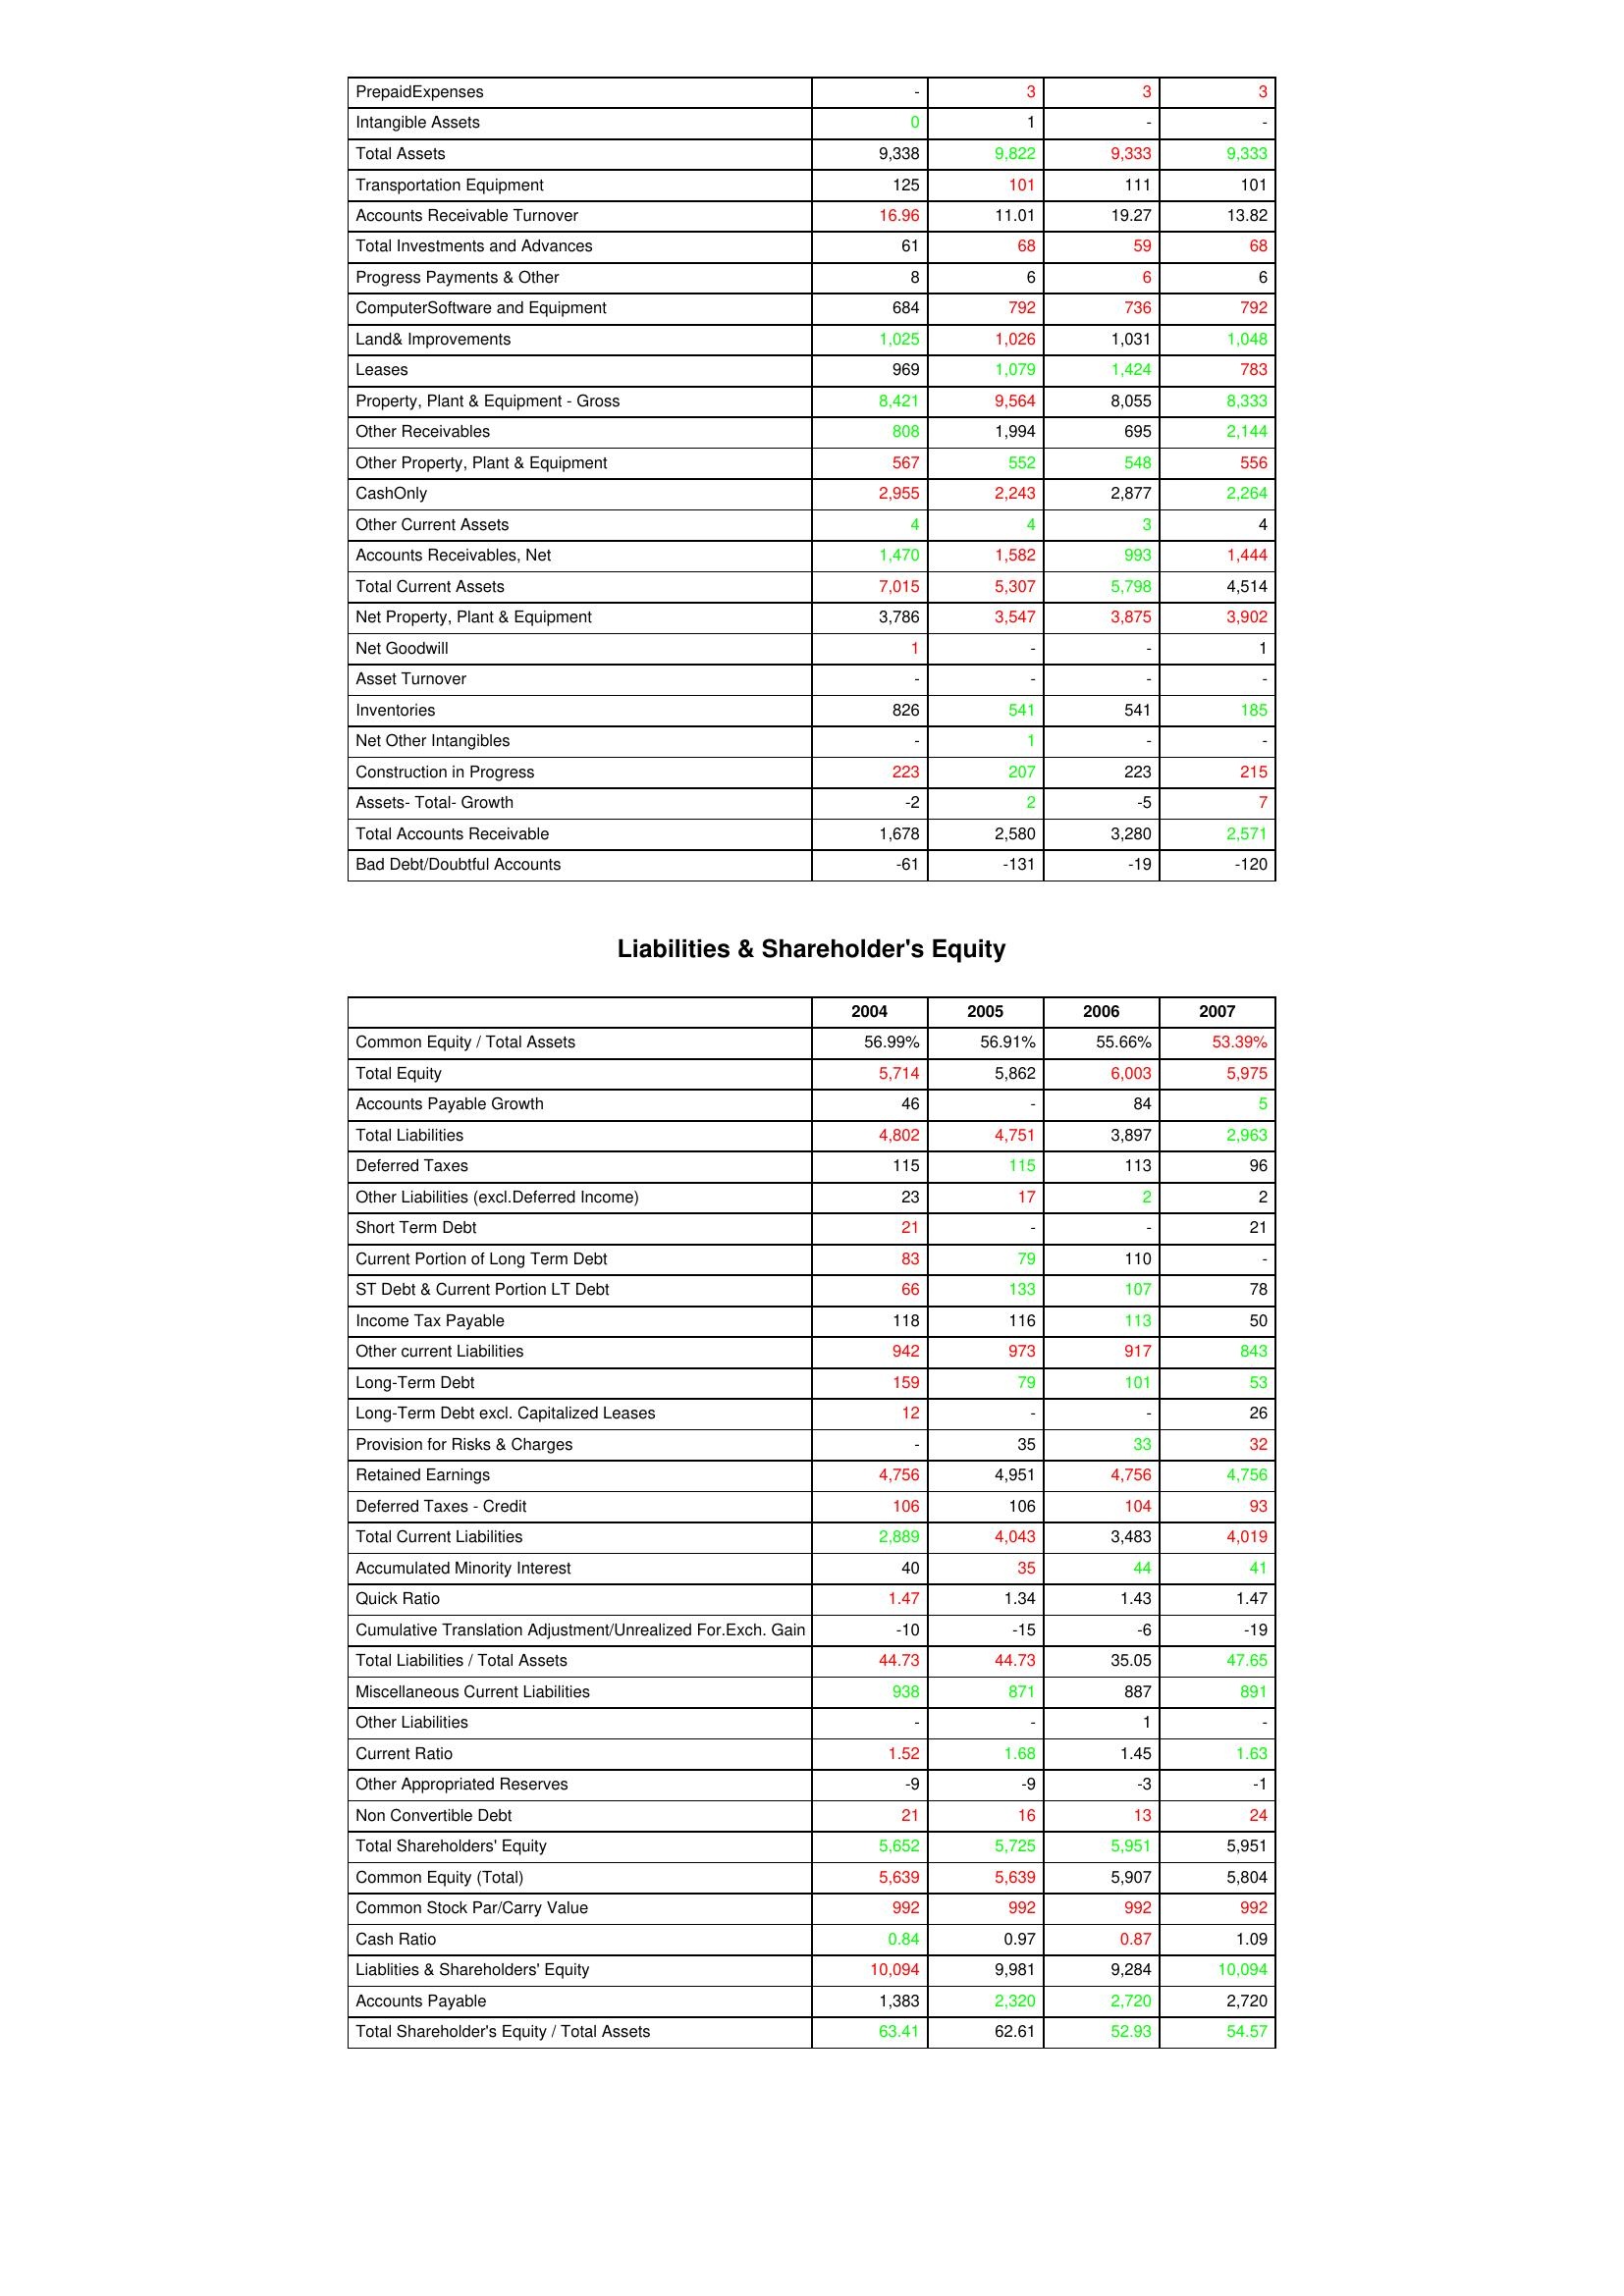
gt_parse: 2004: Assets: PrepaidExpenses: -
Intangible Assets: 0
Total Assets: 9,338
Transportation Equipment: 125
Accounts Receivable Turnover: 16.96
Total Investments and Advances: 61
Progress Payments & Other: 8
ComputerSoftware and Equipment: 684
Land& Improvements: 1,025
Leases: 969
Property, Plant & Equipment - Gross : 8,421
Other Receivables: 808
Other Property, Plant & Equipment: 567
CashOnly: 2,955
Other Current Assets: 4
Accounts Receivables, Net: 1,470
Total Current Assets: 7,015
Net Property, Plant & Equipment: 3,786
Net Goodwill: 1
Asset Turnover: -
Inventories: 826
Net Other Intangibles: -
Construction in Progress: 223
Assets- Total- Growth: -2
Total Accounts Receivable: 1,678
Bad Debt/Doubtful Accounts: -61
Liabilities & Shareholder's Equity: Common Equity / Total Assets: 56.99%
Total Equity: 5,714
Accounts Payable Growth: 46
Total Liabilities: 4,802
Deferred Taxes: 115
Other Liabilities (excl.Deferred Income): 23
Short Term Debt: 21
Current Portion of Long Term Debt: 83
ST Debt & Current Portion LT Debt: 66
Income Tax Payable: 118
Other current Liabilities: 942
Long-Term Debt: 159
Long-Term Debt excl. Capitalized Leases: 12
Provision for Risks & Charges: -
Retained Earnings: 4,756
Deferred Taxes - Credit: 106
Total Current Liabilities: 2,889
Accumulated Minority Interest: 40
Quick Ratio: 1.47
Cumulative Translation Adjustment/Unrealized For.Exch. Gain: -10
Total Liabilities / Total Assets: 44.73
Miscellaneous Current Liabilities: 938
Other Liabilities: -
Current Ratio: 1.52
Other Appropriated Reserves: -9
Non Convertible Debt: 21
Total Shareholders' Equity: 5,652
Common Equity (Total): 5,639
Common Stock Par/Carry Value: 992
Cash Ratio: 0.84
Liablities & Shareholders' Equity: 10,094
Accounts Payable: 1,383
Total Shareholder's Equity / Total Assets: 63.41
2005: Assets: PrepaidExpenses: 3
Intangible Assets: 1
Total Assets: 9,822
Transportation Equipment: 101
Accounts Receivable Turnover: 11.01
Total Investments and Advances: 68
Progress Payments & Other: 6
ComputerSoftware and Equipment: 792
Land& Improvements: 1,026
Leases: 1,079
Property, Plant & Equipment - Gross : 9,564
Other Receivables: 1,994
Other Property, Plant & Equipment: 552
CashOnly: 2,243
Other Current Assets: 4
Accounts Receivables, Net: 1,582
Total Current Assets: 5,307
Net Property, Plant & Equipment: 3,547
Net Goodwill: -
Asset Turnover: -
Inventories: 541
Net Other Intangibles: 1
Construction in Progress: 207
Assets- Total- Growth: 2
Total Accounts Receivable: 2,580
Bad Debt/Doubtful Accounts: -131
Liabilities & Shareholder's Equity: Common Equity / Total Assets: 56.91%
Total Equity: 5,862
Accounts Payable Growth: -
Total Liabilities: 4,751
Deferred Taxes: 115
Other Liabilities (excl.Deferred Income): 17
Short Term Debt: -
Current Portion of Long Term Debt: 79
ST Debt & Current Portion LT Debt: 133
Income Tax Payable: 116
Other current Liabilities: 973
Long-Term Debt: 79
Long-Term Debt excl. Capitalized Leases: -
Provision for Risks & Charges: 35
Retained Earnings: 4,951
Deferred Taxes - Credit: 106
Total Current Liabilities: 4,043
Accumulated Minority Interest: 35
Quick Ratio: 1.34
Cumulative Translation Adjustment/Unrealized For.Exch. Gain: -15
Total Liabilities / Total Assets: 44.73
Miscellaneous Current Liabilities: 871
Other Liabilities: -
Current Ratio: 1.68
Other Appropriated Reserves: -9
Non Convertible Debt: 16
Total Shareholders' Equity: 5,725
Common Equity (Total): 5,639
Common Stock Par/Carry Value: 992
Cash Ratio: 0.97
Liablities & Shareholders' Equity: 9,981
Accounts Payable: 2,320
Total Shareholder's Equity / Total Assets: 62.61
2006: Assets: PrepaidExpenses: 3
Intangible Assets: -
Total Assets: 9,333
Transportation Equipment: 111
Accounts Receivable Turnover: 19.27
Total Investments and Advances: 59
Progress Payments & Other: 6
ComputerSoftware and Equipment: 736
Land& Improvements: 1,031
Leases: 1,424
Property, Plant & Equipment - Gross : 8,055
Other Receivables: 695
Other Property, Plant & Equipment: 548
CashOnly: 2,877
Other Current Assets: 3
Accounts Receivables, Net: 993
Total Current Assets: 5,798
Net Property, Plant & Equipment: 3,875
Net Goodwill: -
Asset Turnover: -
Inventories: 541
Net Other Intangibles: -
Construction in Progress: 223
Assets- Total- Growth: -5
Total Accounts Receivable: 3,280
Bad Debt/Doubtful Accounts: -19
Liabilities & Shareholder's Equity: Common Equity / Total Assets: 55.66%
Total Equity: 6,003
Accounts Payable Growth: 84
Total Liabilities: 3,897
Deferred Taxes: 113
Other Liabilities (excl.Deferred Income): 2
Short Term Debt: -
Current Portion of Long Term Debt: 110
ST Debt & Current Portion LT Debt: 107
Income Tax Payable: 113
Other current Liabilities: 917
Long-Term Debt: 101
Long-Term Debt excl. Capitalized Leases: -
Provision for Risks & Charges: 33
Retained Earnings: 4,756
Deferred Taxes - Credit: 104
Total Current Liabilities: 3,483
Accumulated Minority Interest: 44
Quick Ratio: 1.43
Cumulative Translation Adjustment/Unrealized For.Exch. Gain: -6
Total Liabilities / Total Assets: 35.05
Miscellaneous Current Liabilities: 887
Other Liabilities: 1
Current Ratio: 1.45
Other Appropriated Reserves: -3
Non Convertible Debt: 13
Total Shareholders' Equity: 5,951
Common Equity (Total): 5,907
Common Stock Par/Carry Value: 992
Cash Ratio: 0.87
Liablities & Shareholders' Equity: 9,284
Accounts Payable: 2,720
Total Shareholder's Equity / Total Assets: 52.93
2007: Assets: PrepaidExpenses: 3
Intangible Assets: -
Total Assets: 9,333
Transportation Equipment: 101
Accounts Receivable Turnover: 13.82
Total Investments and Advances: 68
Progress Payments & Other: 6
ComputerSoftware and Equipment: 792
Land& Improvements: 1,048
Leases: 783
Property, Plant & Equipment - Gross : 8,333
Other Receivables: 2,144
Other Property, Plant & Equipment: 556
CashOnly: 2,264
Other Current Assets: 4
Accounts Receivables, Net: 1,444
Total Current Assets: 4,514
Net Property, Plant & Equipment: 3,902
Net Goodwill: 1
Asset Turnover: -
Inventories: 185
Net Other Intangibles: -
Construction in Progress: 215
Assets- Total- Growth: 7
Total Accounts Receivable: 2,571
Bad Debt/Doubtful Accounts: -120
Liabilities & Shareholder's Equity: Common Equity / Total Assets: 53.39%
Total Equity: 5,975
Accounts Payable Growth: 5
Total Liabilities: 2,963
Deferred Taxes: 96
Other Liabilities (excl.Deferred Income): 2
Short Term Debt: 21
Current Portion of Long Term Debt: -
ST Debt & Current Portion LT Debt: 78
Income Tax Payable: 50
Other current Liabilities: 843
Long-Term Debt: 53
Long-Term Debt excl. Capitalized Leases: 26
Provision for Risks & Charges: 32
Retained Earnings: 4,756
Deferred Taxes - Credit: 93
Total Current Liabilities: 4,019
Accumulated Minority Interest: 41
Quick Ratio: 1.47
Cumulative Translation Adjustment/Unrealized For.Exch. Gain: -19
Total Liabilities / Total Assets: 47.65
Miscellaneous Current Liabilities: 891
Other Liabilities: -
Current Ratio: 1.63
Other Appropriated Reserves: -1
Non Convertible Debt: 24
Total Shareholders' Equity: 5,951
Common Equity (Total): 5,804
Common Stock Par/Carry Value: 992
Cash Ratio: 1.09
Liablities & Shareholders' Equity: 10,094
Accounts Payable: 2,720
Total Shareholder's Equity / Total Assets: 54.57